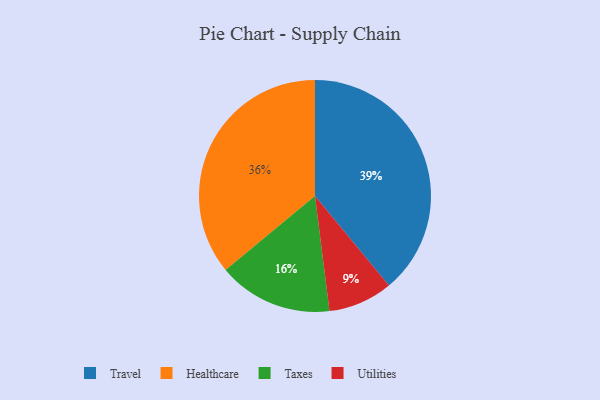
{"axis": {"x": "Category", "y": "Percentage"}, "legend": ["Healthcare", "Taxes", "Travel", "Utilities"], "data": [{"x": "Taxes", "y": 16, "type": "Taxes"}, {"x": "Travel", "y": 39, "type": "Travel"}, {"x": "Utilities", "y": 9, "type": "Utilities"}, {"x": "Healthcare", "y": 36, "type": "Healthcare"}]}